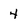
Character: 4